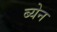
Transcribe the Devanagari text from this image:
ब्येन